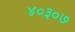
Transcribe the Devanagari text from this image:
४०३०७